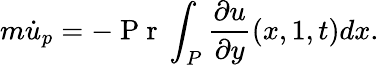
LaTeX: m\dot{u}_{p}=-\mathrm{~P~r~}{}\int_{P}\frac{\partial u}{\partial y}(x,1,t)dx.